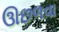
ઊછળવા